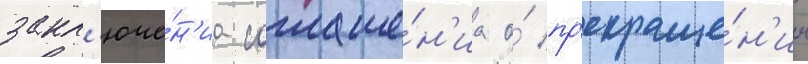
закл'юче́н'иа соглаше́н'иа о́ пр'екраще́н'ии